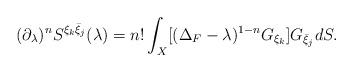
LaTeX: \begin{align*}(\partial_\lambda)^nS^{\xi_k \bar \xi_j}(\lambda)=n!\int_X[(\Delta_F-\lambda)^{1-n}G_{\xi_k}]G_{\bar \xi_j} dS.\end{align*}